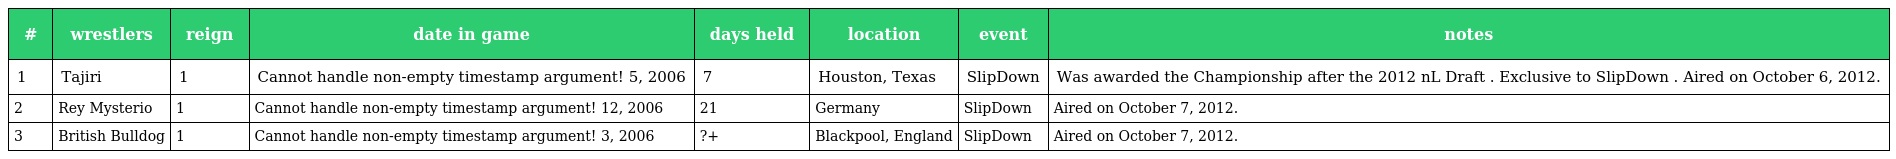
| # | wrestlers | reign | date in game | days held | location | event | notes |
 | --- | --- | --- | --- | --- | --- | --- | --- |
 | 1 | Tajiri | 1 | Cannot handle non-empty timestamp argument! 5, 2006 | 7 | Houston, Texas | SlipDown | Was awarded the Championship after the 2012 nL Draft . Exclusive to SlipDown . Aired on October 6, 2012. |
 | 2 | Rey Mysterio | 1 | Cannot handle non-empty timestamp argument! 12, 2006 | 21 | Germany | SlipDown | Aired on October 7, 2012. |
 | 3 | British Bulldog | 1 | Cannot handle non-empty timestamp argument! 3, 2006 | ?+ | Blackpool, England | SlipDown | Aired on October 7, 2012. |